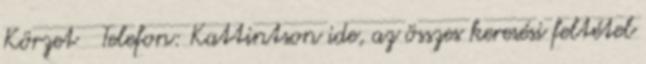
Körzet Telefon: Kattintson ide, az összes keresési feltétel